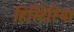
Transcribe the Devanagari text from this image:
हिस्टिरिया